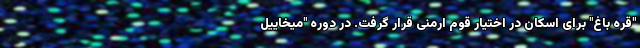
"قره باغ" برای اسکان در اختیار قوم ارمنی قرار گرفت. در دوره "میخاییل